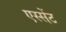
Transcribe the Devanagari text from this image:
एस्सेंट